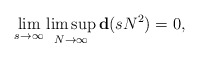
\begin{align*}\lim_{s\to \infty} \limsup_{N\to \infty} {\bf d}(sN^2)=0,\end{align*}